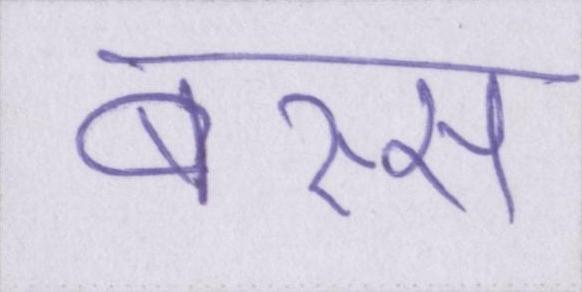
बस्स